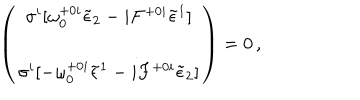
\left( \begin{array} { c } { { \sigma ^ { i } [ \omega _ { 0 } ^ { + 0 i } \tilde { \epsilon } _ { 2 } - i F ^ { + 0 i } \tilde { \epsilon } ^ { 1 } ] } } \\ { { \sigma ^ { i } [ - \omega _ { 0 } ^ { + 0 i } \tilde { \epsilon } ^ { 1 } - i F ^ { + 0 i } \tilde { \epsilon } _ { 2 } ] } } \\ \end{array} \right) = 0 \, ,